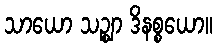
သာယော သဉ္ဈာ ဒိနစ္စယော။